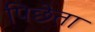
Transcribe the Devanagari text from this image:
पिछेता